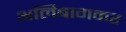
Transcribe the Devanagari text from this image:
अलिबागकर